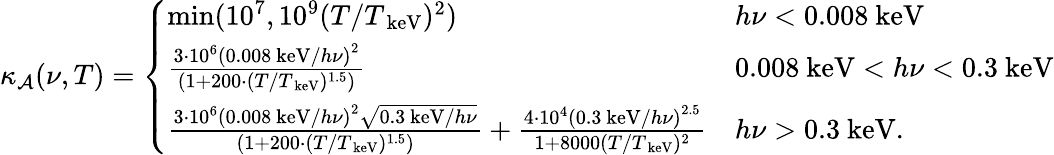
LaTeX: \kappa_{\mathcal{A}}(\nu,T)=\left\{ \begin{array}{ll}{\mathrm{min}(10^{7},10^{9}(T/T_{\mathrm{~keV}})^{2})}&{h\nu<0.008\mathrm{~keV}}\\ {\frac{3\cdot 10^{6}\left(0.008\mathrm{~keV}/h\nu\right)^{2}}{(1+200\cdot(T/T_{\mathrm{~keV}})^{1.5})}}&{0.008\mathrm{~keV}<h\nu<0.3\mathrm{~keV}}\\ {\frac{3\cdot 10^{6}\left(0.008\mathrm{~keV}/h\nu\right)^{2}\sqrt{0.3\mathrm{~keV}/h\nu}}{(1+200\cdot(T/T_{\mathrm{~keV}})^{1.5})}+\frac{4\cdot 10^{4}\left(0.3\mathrm{~keV}/h\nu\right)^{2.5}}{1+8000(T/T_{\mathrm{~keV}})^{2}}}&{h\nu>0.3\mathrm{~keV}.}\end{array}\right.